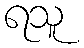
ရသူ